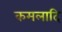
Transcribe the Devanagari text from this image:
कमलादि